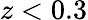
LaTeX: z<0.3